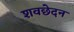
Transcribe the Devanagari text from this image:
शवछेदन